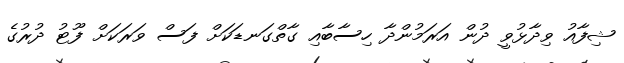
ޝިފާއު ވިދާޅުވީ ދުން އަރަމުންދާ ހިސާބާއި ގާތްގަނޑަކަށް ފަސް ވަރަކަށް ފޫޓު ދުރުގެ